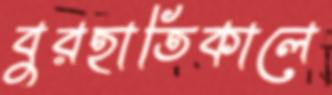
বুরহাতিকালে